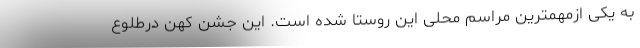
به یکی ازمهمترین مراسم محلی این روستا شده است. این جشن کهن درطلوع